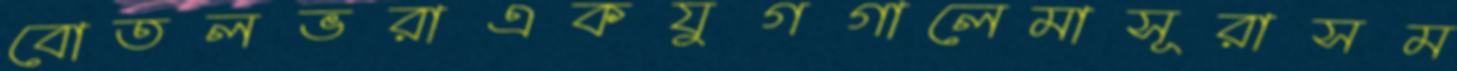
বোতলভরাএকযুগগালেমাসূরাসম